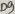
Text: D9